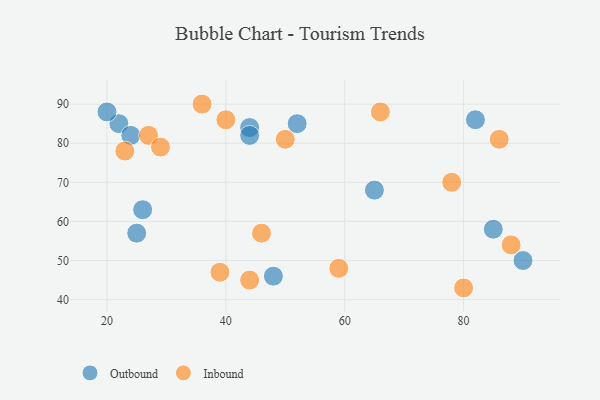
{"axis": {"x": "GDP", "y": "Life Expectancy"}, "legend": ["Inbound", "Outbound"], "data": [{"x": "26", "y": 63, "type": "Outbound"}, {"x": "22", "y": 85, "type": "Outbound"}, {"x": "25", "y": 57, "type": "Outbound"}, {"x": "44", "y": 84, "type": "Outbound"}, {"x": "82", "y": 86, "type": "Outbound"}, {"x": "24", "y": 82, "type": "Outbound"}, {"x": "52", "y": 85, "type": "Outbound"}, {"x": "65", "y": 68, "type": "Outbound"}, {"x": "85", "y": 58, "type": "Outbound"}, {"x": "20", "y": 88, "type": "Outbound"}, {"x": "90", "y": 50, "type": "Outbound"}, {"x": "44", "y": 82, "type": "Outbound"}, {"x": "48", "y": 46, "type": "Outbound"}, {"x": "80", "y": 43, "type": "Inbound"}, {"x": "86", "y": 81, "type": "Inbound"}, {"x": "50", "y": 81, "type": "Inbound"}, {"x": "88", "y": 54, "type": "Inbound"}, {"x": "40", "y": 86, "type": "Inbound"}, {"x": "78", "y": 70, "type": "Inbound"}, {"x": "59", "y": 48, "type": "Inbound"}, {"x": "66", "y": 88, "type": "Inbound"}, {"x": "39", "y": 47, "type": "Inbound"}, {"x": "27", "y": 82, "type": "Inbound"}, {"x": "46", "y": 57, "type": "Inbound"}, {"x": "23", "y": 78, "type": "Inbound"}, {"x": "29", "y": 79, "type": "Inbound"}, {"x": "44", "y": 45, "type": "Inbound"}, {"x": "36", "y": 90, "type": "Inbound"}]}